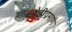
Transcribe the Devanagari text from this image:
दोरीप्रमाणे